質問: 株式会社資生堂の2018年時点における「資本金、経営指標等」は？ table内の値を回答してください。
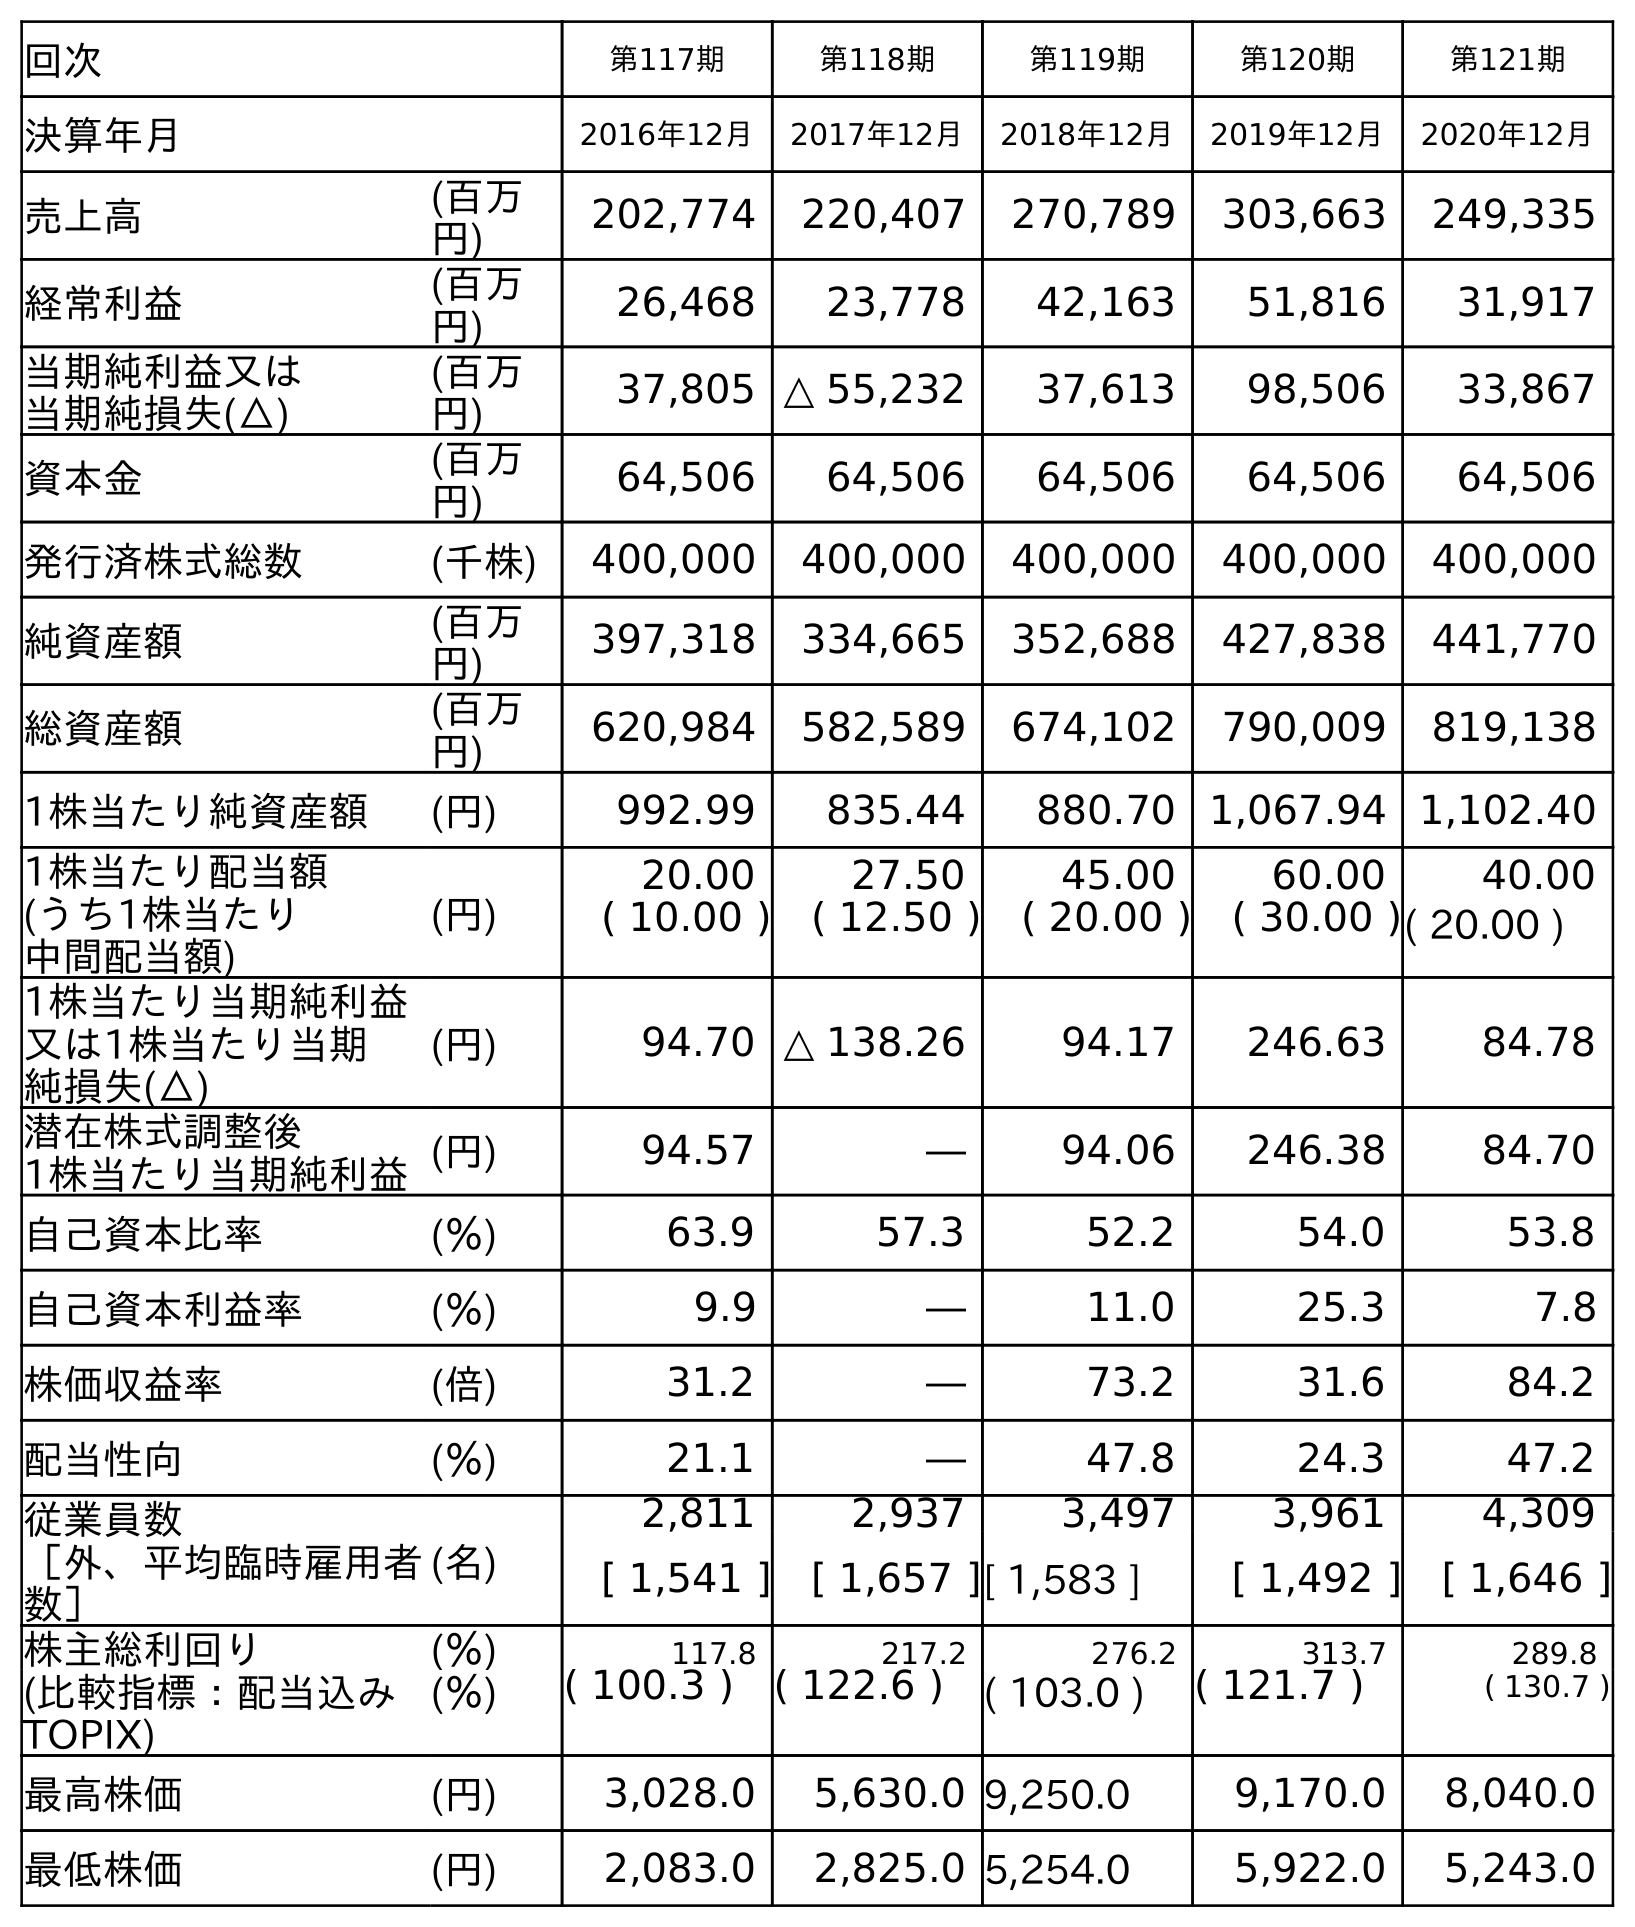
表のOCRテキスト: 回次 第117期 第118期 第119期 第120期 第121期 決算年月 2016年12月 2017年12月 2018年12月 2019年12月 2020年12月 売上高 (百万 円) 202,774 220,407 270,789 303,663 249,335 経常利益 (百万 円) 26,468 23,778 42,163 51,816 31,917 当期純利益又は 当期純損失(△) (百万 円) 37,805 △ 55,232 37,613 98,506 33,867 資本金 (百万 円) 64,506 64,506 64,506 64,506 64,506 発行済株式総数 (千株) 400,000 400,000 400,000 400,000 400,000 純資産額 (百万 円) 397,318 334,665 352,688 427,838 441,770 総資産額 (百万 円) 620,984 582,589 674,102 790,009 819,138 1株当たり純資産額 (円) 992.99 835.44 880.70 1,067.94 1,102.40 1株当たり配当額 (うち1株当たり 中間配当額) (円) 20.00 27.50 45.00 60.00 40.00 ( 10.00 ) ( 12.50 ) ( 20.00 ) ( 30.00 )( 20.00 ) 1株当たり当期純利益 又は1株当たり当期 純損失(△) (円) 94.70 △ 138.26 94.17 246.63 84.78 潜在株式調整後 1株当たり当期純利益(円) 94.57 ― 94.06 246.38 84.70 自己資本比率 (％) 63.9 57.3 52.2 54.0 53.8 自己資本利益率 (％) 9.9 ― 11.0 25.3 7.8 株価収益率 (倍) 31.2 ― 73.2 31.6 84.2 配当性向 (％) 21.1 ― 47.8 24.3 47.2 従業員数 ［外、平均臨時雇用者 数］ (名) 2,811 2,937 3,497 3,961 4,309 [ 1,541 ] [ 1,657 ][ 1,583 ] [ 1,492 ] [ 1,646 ] 株主総利回り (％) 117.8 217.2 276.2 313.7 289.8 (比較指標：配当込み TOPIX) (％) ( 100.3 ) ( 122.6 ) ( 103.0 ) ( 121.7 ) ( 130.7 ) 最高株価 (円) 3,028.0 5,630.0 9,250.0 9,170.0 8,040.0 最低株価 (円) 2,083.0 2,825.0 5,254.0 5,922.0 5,243.0
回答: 64,506